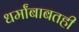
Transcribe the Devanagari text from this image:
धर्मांबाबतही